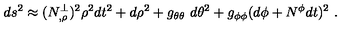
d s ^ { 2 } \approx ( N _ { , \rho } ^ { \perp } ) ^ { 2 } \rho ^ { 2 } d t ^ { 2 } + d \rho ^ { 2 } + g _ { \theta \theta } \ d \theta ^ { 2 } + g _ { \phi \phi } ( d \phi + N ^ { \phi } d t ) ^ { 2 } \ .